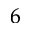
^ 6